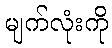
မျက်လုံးကို